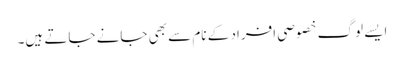
ایسے لوگ خصوصی افراد کے نام سے بھی جانے جاتے ہیں۔